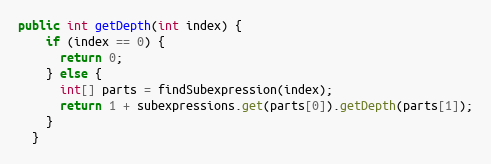
Language: Java
public int getDepth(int index) {
    if (index == 0) {
      return 0;
    } else {
      int[] parts = findSubexpression(index);
      return 1 + subexpressions.get(parts[0]).getDepth(parts[1]);
    }
  }